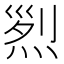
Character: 𤉩